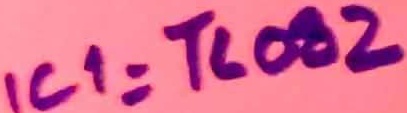
Text: IC1=TL082